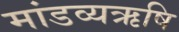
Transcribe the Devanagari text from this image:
मांडव्यऋषि